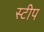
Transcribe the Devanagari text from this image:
स्टीप